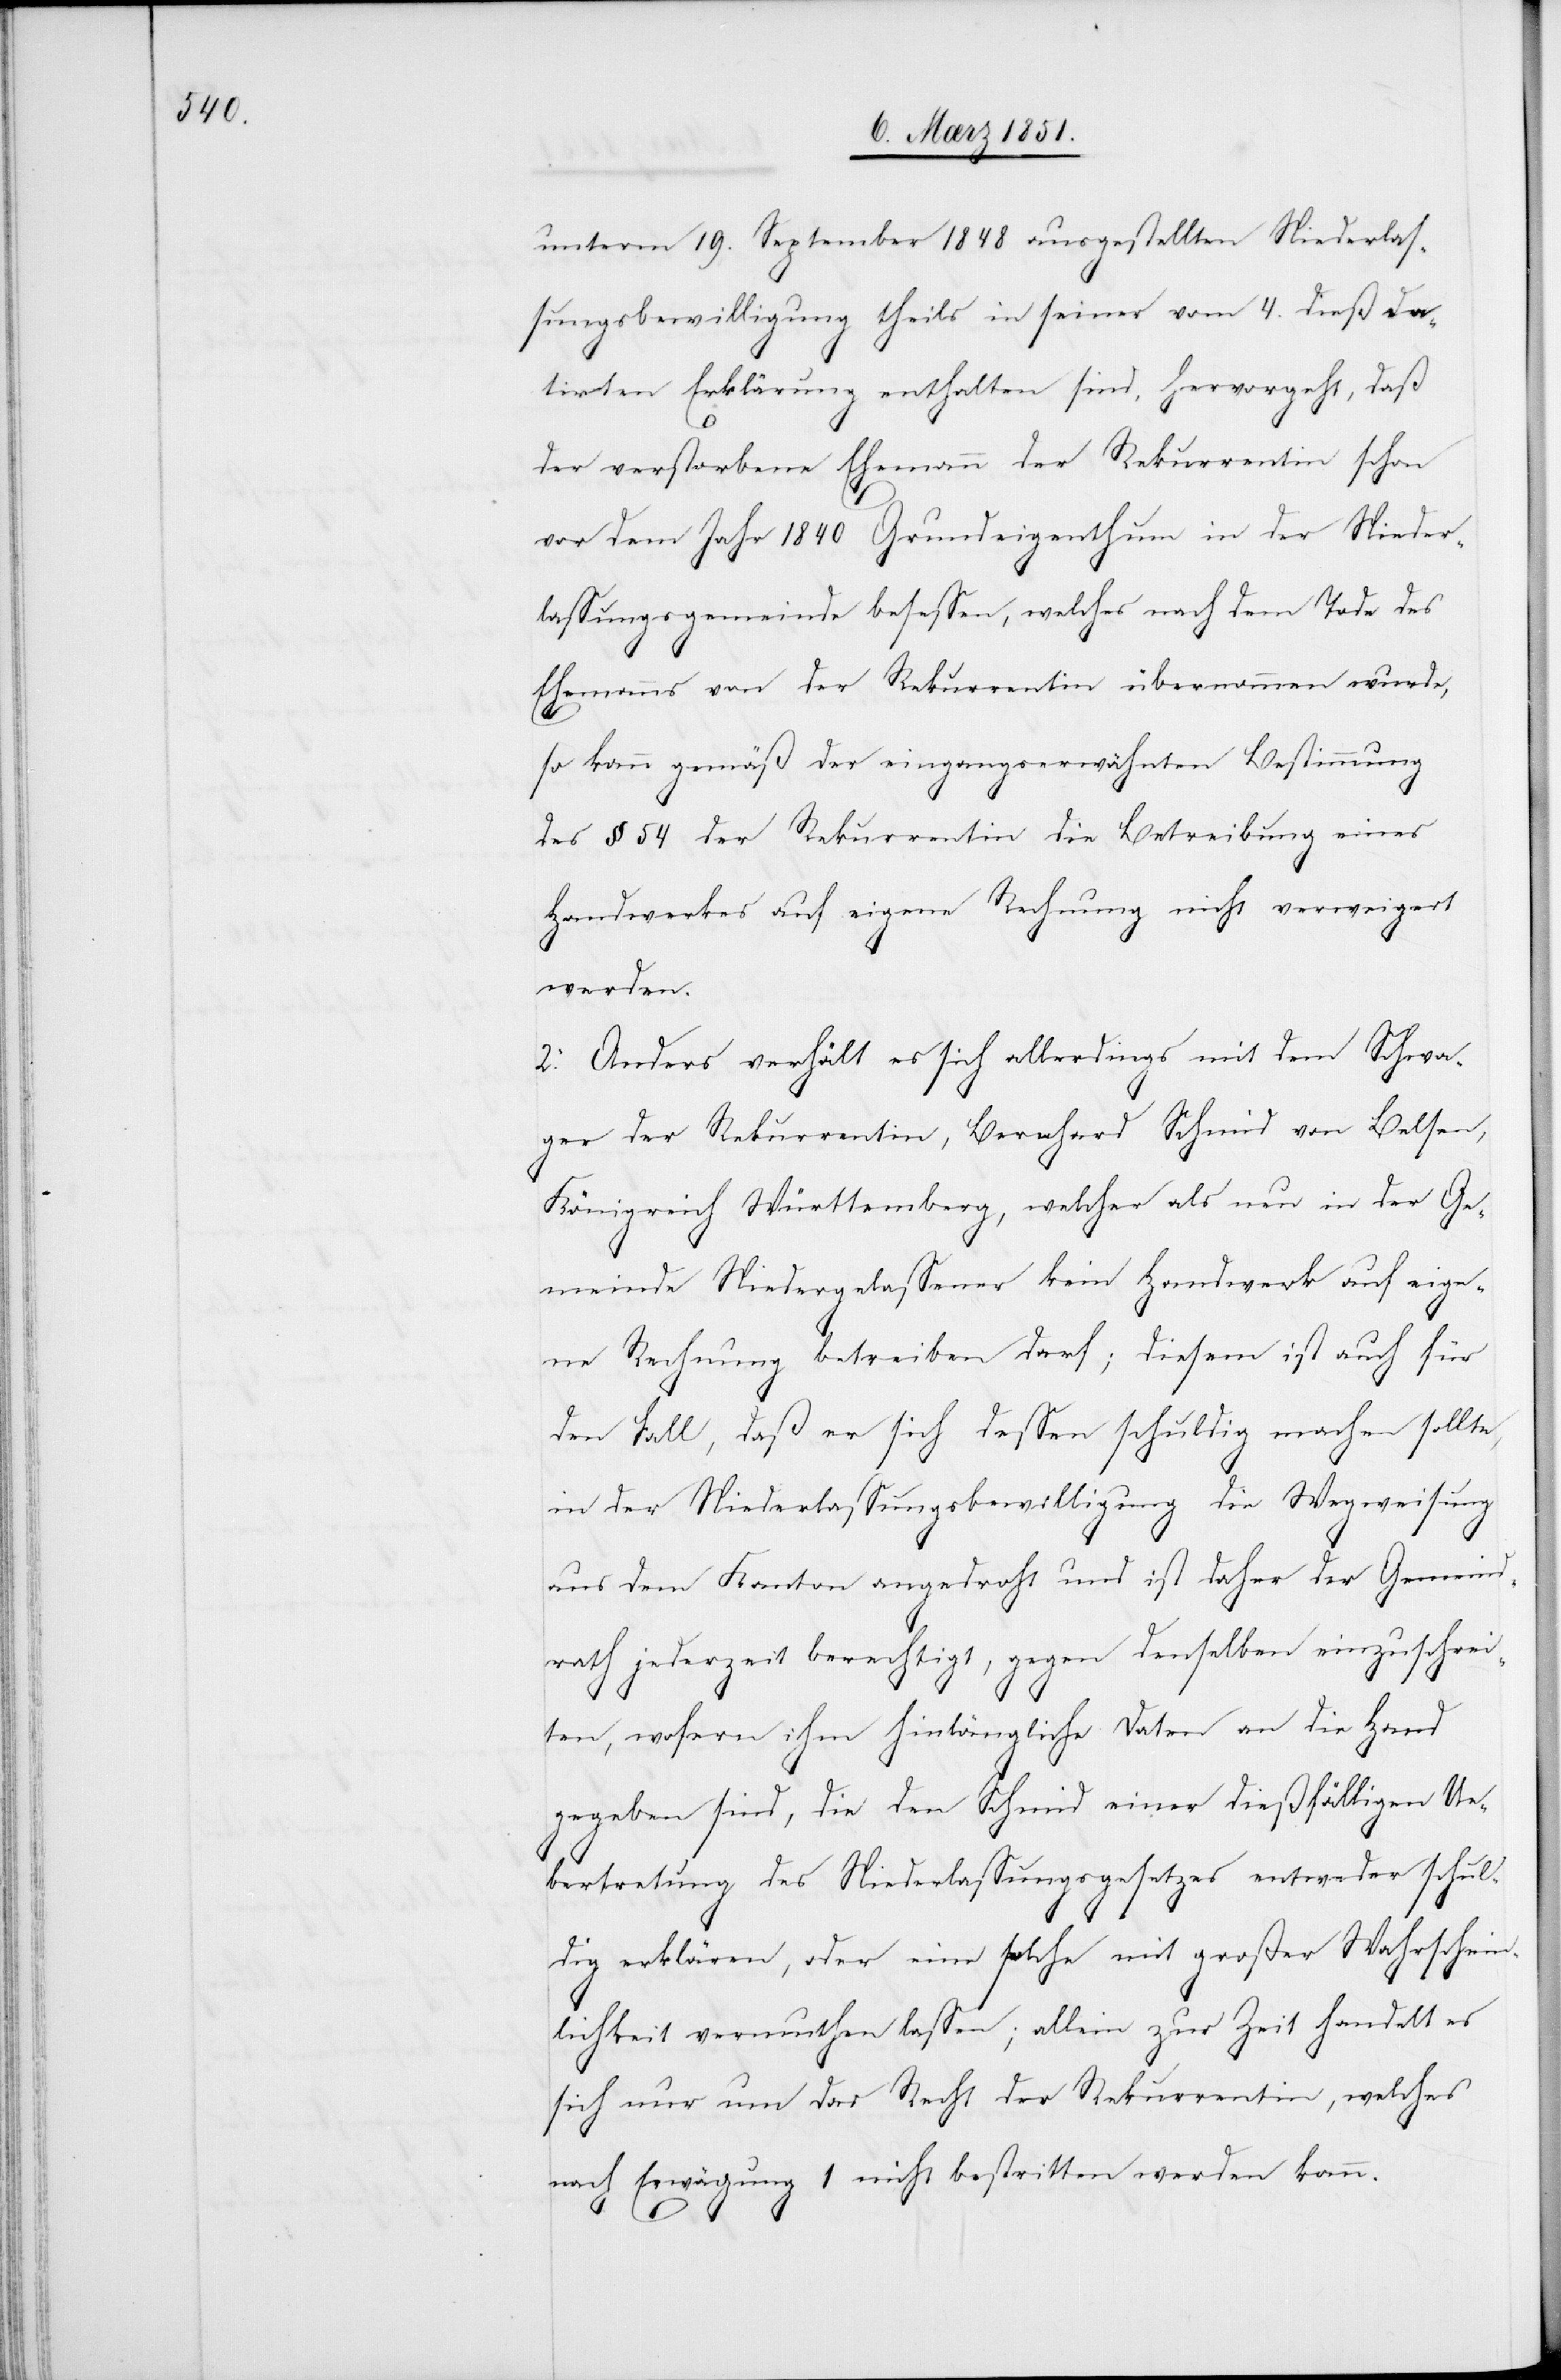
unterm 19. September 1848 ausgestellten Niederlas¬
sungsbewilligung theils in seiner vom 4. dieß da¬
tirten Erklärung enthalten sind, hervorgeht, daß
der verstorbene Ehemann der Rekurrentin schon
vor dem Jahr 1840 Grundeigenthum in der Nieder¬
lassungsgemeinde besessen, welches nach dem Tode des
Ehemanns von der Rekurrentin übernommen wurde,
so kann gemäß der eingangserwähnten Bestimmung
des § 54 der Rekurrentin die Betreibung eines
Handwerkes auf eigene Rechnung nicht verweigert
werden.
2. Anders verhält es sich allerdings mit dem Schwa¬
ger der Rekurrentin, Bernhard Schmid von Belsen,
Königreich Württemberg, welcher als neu in der Ge¬
meinde Niedergelassener kein Handwerk auf eige¬
ne Rechnung betreiben darf; diesem ist auch für
den Fall, daß er sich dessen schuldig machen sollte,
in der Niederlassungsbewilligung die Wegweisung
aus dem Kanton angedroht und ist daher der Gemeind¬
rath jederzeit berechtigt, gegen denselben einzuschrei¬
ten, wofern ihm hinlängliche Daten an die Hand
gegeben sind, die den Schmid einer dießfälligen Ue¬
bertretung des Niederlassungsgesetzes entweder schul¬
dig erklären, oder eine solche mit großer Wahrschein¬
lichkeit vermuthen lassen; allein zur Zeit handelt es
sich nur um das Recht der Rekurrentin, welches
nach Erwägung 1 nicht bestritten werden kann.